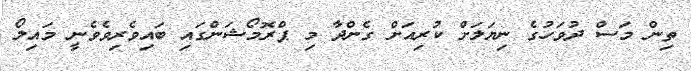
ތިން މަސް ދުވަހުގެ ނިޔަލަށް ކުރިއަށް ގެންދާ މި ޕްރޮމޯޝަންގައި ބައިވެރިވެވެނީ މައިލޯ